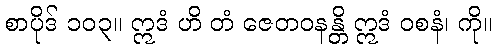
စာပိုဒ် ၁၀၃။ ဣဒံ ဟိ တံ ဇေတဝနန္တိ ဣဒံ ဝစနံ၊ ကို။